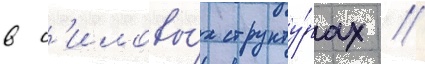
в с'иловы́х структу́рах //